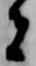
者